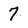
Character: 7